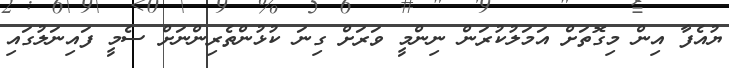
ޔުއެފާ އިން މިގޮތަށް އަމަލުކުރަން ނިންމީ ވަރަށް ގިނަ ކުޅުންތެރިންނަށް ސެމީ ފައިނަލުގައި